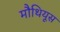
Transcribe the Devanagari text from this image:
मौथियूस